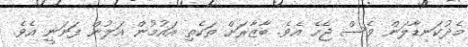
މެދުކަނޑާލަން ވެސް ޖެހެ އެވެ. ބާޒާރަށް ތަކެތި އައުމުން އަލުން ފަށަނީ އެވެ.